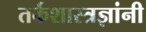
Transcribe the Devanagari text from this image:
तर्कशास्त्रज्ञांनी